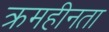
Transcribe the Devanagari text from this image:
क्रमहीनता